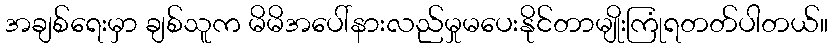
အချစ်ရေးမှာ ချစ်သူက မိမိအပေါ်နားလည်မှုမပေးနိုင်တာမျိုးကြုံရတတ်ပါတယ်။